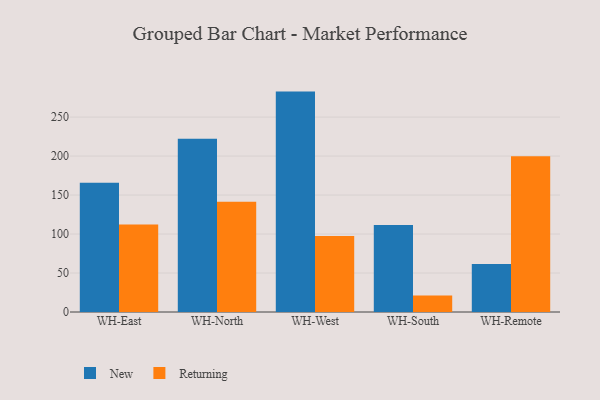
{"axis": {"x": "Warehouse", "y": "Latency (ms)"}, "legend": ["New", "Returning"], "data": [{"x": "WH-East", "y": 165.9, "type": "New"}, {"x": "WH-East", "y": 112.3, "type": "Returning"}, {"x": "WH-North", "y": 222.3, "type": "New"}, {"x": "WH-North", "y": 141.3, "type": "Returning"}, {"x": "WH-West", "y": 282.7, "type": "New"}, {"x": "WH-West", "y": 97.4, "type": "Returning"}, {"x": "WH-South", "y": 111.6, "type": "New"}, {"x": "WH-South", "y": 21.1, "type": "Returning"}, {"x": "WH-Remote", "y": 61.5, "type": "New"}, {"x": "WH-Remote", "y": 199.9, "type": "Returning"}]}